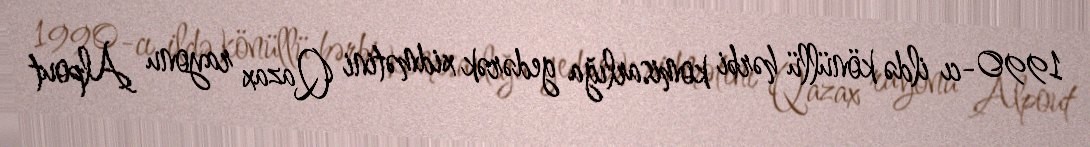
1990-cı ildə könüllü hərbi komisarlığa gedərək xidmətini Qazax rayonu Alpout